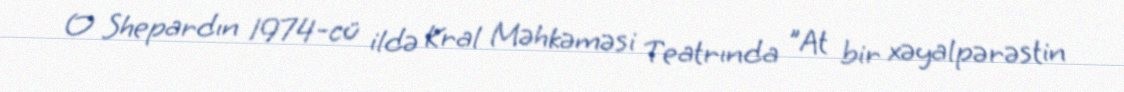
O Shepardın 1974-cü ildə Kral Məhkəməsi Teatrında "At bir xəyalpərəstin